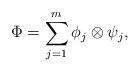
LaTeX: \begin{align*}\Phi=\sum_{j=1}^m \phi_j\otimes \psi_j,\end{align*}